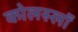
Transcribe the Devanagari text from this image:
कोलस्लॉ